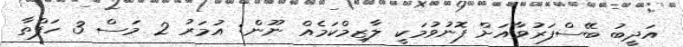
އަދީބު ބޭސްފަރުވާއަށް ފޮނުވުމަކީ ލާޒިމްކަމެއް ނޫން: އުމަރު 2 މަސް 3 ހަފްތާ